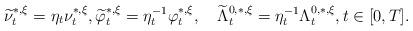
LaTeX: \begin{align*}\widetilde{\nu}_t^{*,\xi}=\eta_t \nu_t^{*,\xi},\widetilde{\varphi}_t^{*,\xi}=\eta^{-1}_t\varphi_t^{*,\xi} ,\quad\widetilde{\Lambda}_t^{0,*,\xi}=\eta^{-1}_t\Lambda_t^{0,*,\xi}, t\in[0,T].\end{align*}